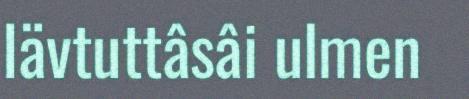
Iävtuttâsâi ulmen